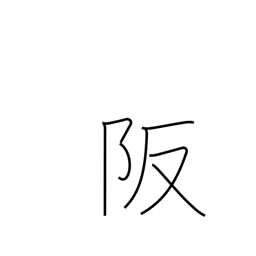
Meaning: heights